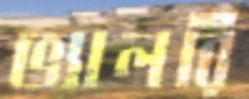
ভ্যালরি